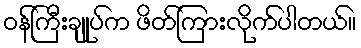
ဝန်ကြီးချုပ်က ဖိတ်ကြားလိုက်ပါတယ်။